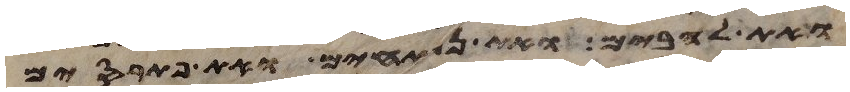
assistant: ואת להבים ואת נפתחים ואת פתרסים